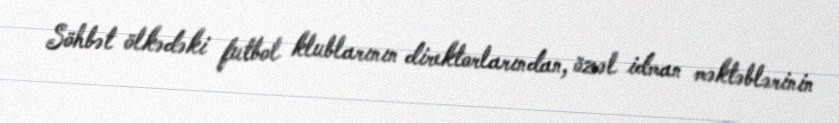
Söhbət ölkədəki futbol klublarının direktorlarından, özəl idman məktəblərinin